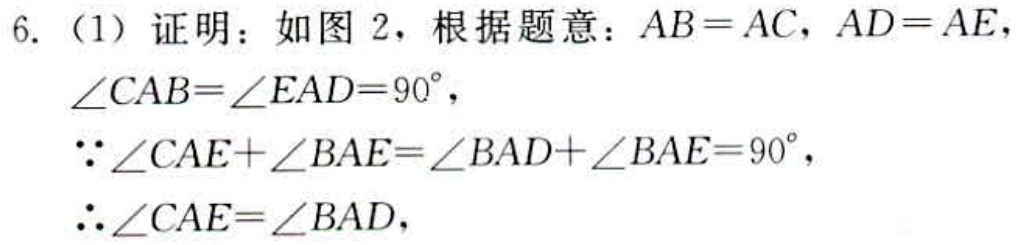
6.（1）证明：如图 2，根据题意：\(AB = AC\)，\(AD = AE\)，\(\angle CAB=\angle EAD = 90^{\circ}\)，
\(\because\angle CAE+\angle BAE=\angle BAD+\angle BAE = 90^{\circ}\)，
\(\therefore\angle CAE=\angle BAD\)，